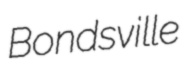
Bondsville